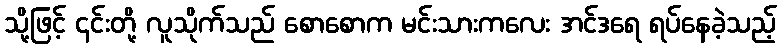
သို့ဖြင့် ၎င်းတို့ လူသိုက်သည် စောစောက မင်းသားကလေး အင်ဒရေ ရပ်နေခဲ့သည့်